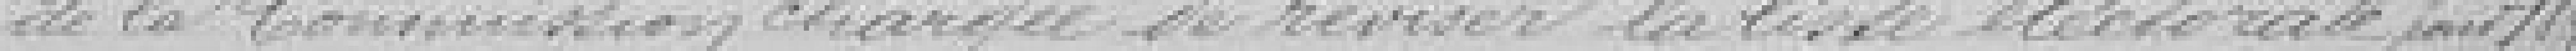
de la Commission chargée de réviser la liste électorale fait 1895